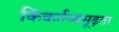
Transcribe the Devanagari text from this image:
किंकर्तव्यमूढ़ता